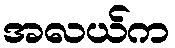
အလယ်က